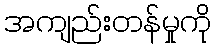
အကျည်းတန်မှုကို